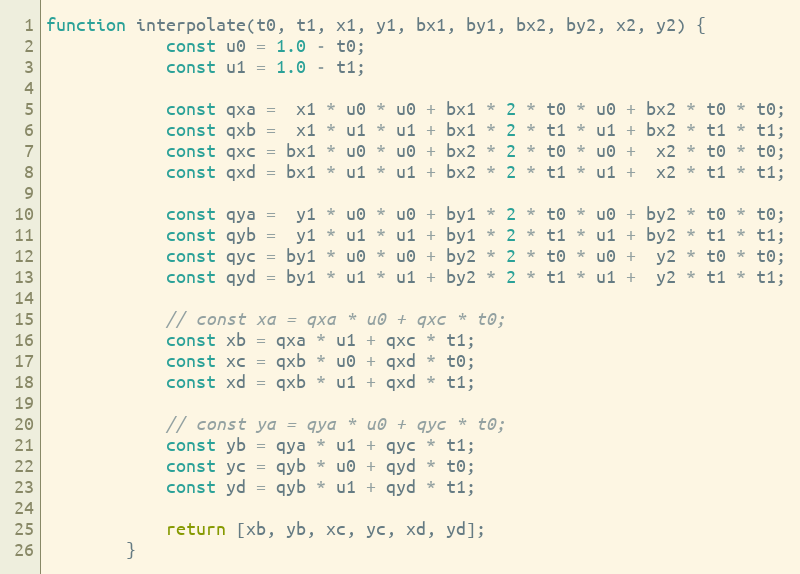
Language: JavaScript
function interpolate(t0, t1, x1, y1, bx1, by1, bx2, by2, x2, y2) {
            const u0 = 1.0 - t0;
            const u1 = 1.0 - t1;

            const qxa =  x1 * u0 * u0 + bx1 * 2 * t0 * u0 + bx2 * t0 * t0;
            const qxb =  x1 * u1 * u1 + bx1 * 2 * t1 * u1 + bx2 * t1 * t1;
            const qxc = bx1 * u0 * u0 + bx2 * 2 * t0 * u0 +  x2 * t0 * t0;
            const qxd = bx1 * u1 * u1 + bx2 * 2 * t1 * u1 +  x2 * t1 * t1;

            const qya =  y1 * u0 * u0 + by1 * 2 * t0 * u0 + by2 * t0 * t0;
            const qyb =  y1 * u1 * u1 + by1 * 2 * t1 * u1 + by2 * t1 * t1;
            const qyc = by1 * u0 * u0 + by2 * 2 * t0 * u0 +  y2 * t0 * t0;
            const qyd = by1 * u1 * u1 + by2 * 2 * t1 * u1 +  y2 * t1 * t1;

            // const xa = qxa * u0 + qxc * t0;
            const xb = qxa * u1 + qxc * t1;
            const xc = qxb * u0 + qxd * t0;
            const xd = qxb * u1 + qxd * t1;

            // const ya = qya * u0 + qyc * t0;
            const yb = qya * u1 + qyc * t1;
            const yc = qyb * u0 + qyd * t0;
            const yd = qyb * u1 + qyd * t1;

            return [xb, yb, xc, yc, xd, yd];
        }